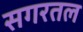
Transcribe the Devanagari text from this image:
सगरतल